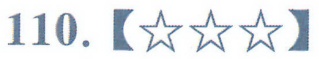
110.【★★★】